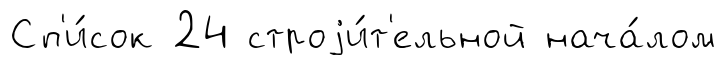
Сп'и́сок 24 строjи́т'ельной нача́лом